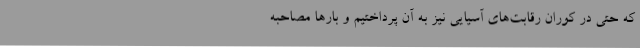
که حتی در کوران رقابت‌های آسیایی نیز به آن پرداختیم و بارها مصاحبه